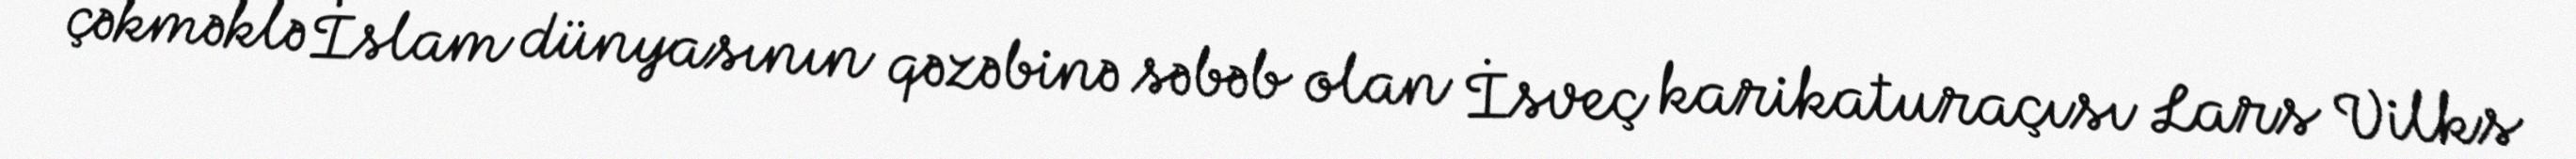
çəkməklə İslam dünyasının qəzəbinə səbəb olan İsveç karikaturaçısı Lars Vilks